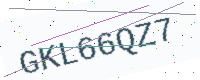
Text: GKL66QZ7